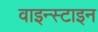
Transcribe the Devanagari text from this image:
वाइन्स्टाइन